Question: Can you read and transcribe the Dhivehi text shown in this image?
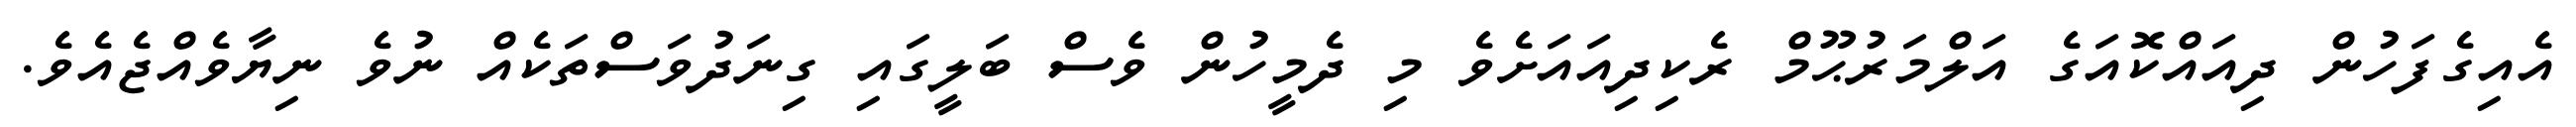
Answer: އެއިގެފަހުން ދިއައްކޮއަގެ އަލްމަރުޙޫމް ރެކިދިއައަށެވެ މި ދެމީހުން ވެސް ބަލީގައި ގިނަދުވަސްތަކެއް ނުވެ ނިޔާވެއްޖެއެވެ.